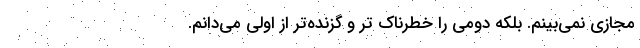
مجازی نمی‌بینم. بلکه دومی را خطرناک تر و گزنده‌تر از اولی می‌دانم.